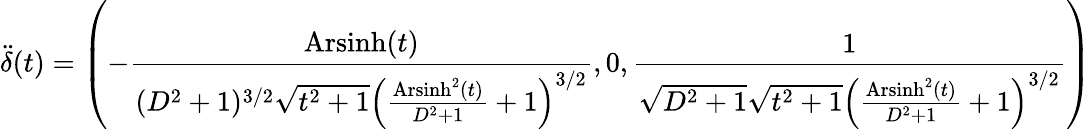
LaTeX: \ddot{\delta}(t)=\left(-\frac{\operatorname{Arsinh}(t)}{(D^{2}+1)^{3/2}\sqrt{t^{2}+1}\left(\frac{\operatorname{Arsinh}^{2}(t)}{D^{2}+1}+1\right)^{3/2}},0,\frac{1}{\sqrt{D^{2}+1}\sqrt{t^{2}+1}\left(\frac{\operatorname{Arsinh}^{2}(t)}{D^{2}+1}+1\right)^{3/2}}\right)